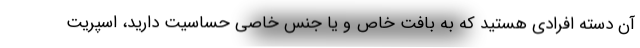
آن دسته افرادی هستید که به بافت خاص و یا جنس خاصی حساسیت دارید، اسپریت